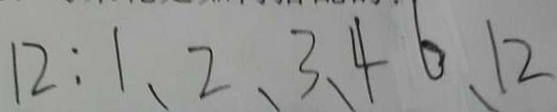
1 2 : 1 , 2 , 3 , 4 6 , 1 2